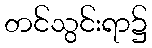
တင်သွင်းရာ၌